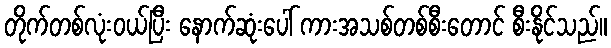
တိုက်တစ်လုံးဝယ်ပြီး နောက်ဆုံးပေါ် ကားအသစ်တစ်စီးတောင် စီးနိုင်သည်။